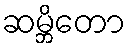
ဆမ္ဘိတော